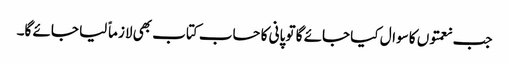
جب نعمتوں کا سوال کیا جائے گا تو پانی کا حساب کتاب بھی لازماً لیا جائے گا۔